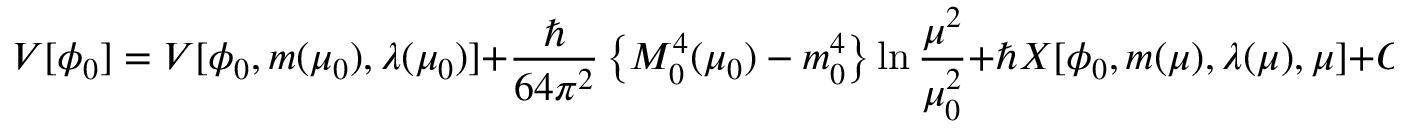
{ \cal V } [ \phi _ { 0 } ] = V [ \phi _ { 0 } , m ( \mu _ { 0 } ) , \lambda ( \mu _ { 0 } ) ] + { \frac { \hbar } { 6 4 \pi ^ { 2 } } } \left\{ { \cal M } _ { 0 } ^ { 4 } ( \mu _ { 0 } ) - m _ { 0 } ^ { 4 } \right\} \ln { \frac { \mu ^ { 2 } } { \mu _ { 0 } ^ { 2 } } } + \hbar X [ \phi _ { 0 } , m ( \mu ) , \lambda ( \mu ) , \mu ] + O ( \hbar ^ { 2 } ) .